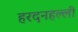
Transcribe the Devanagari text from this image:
हरदनहल्ली